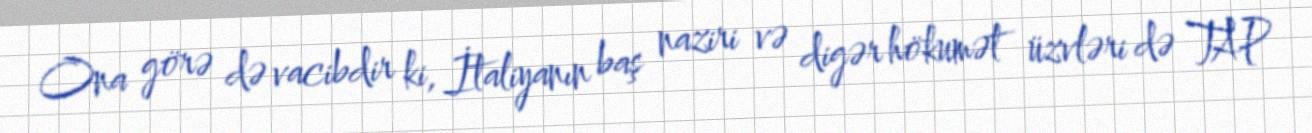
Ona görə də vacibdir ki, İtaliyanın baş naziri və digər hökumət üzvləri də TAP